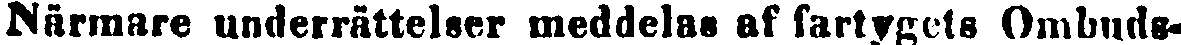
Närmare underrättelser meddelas af fartygets Ombuds-